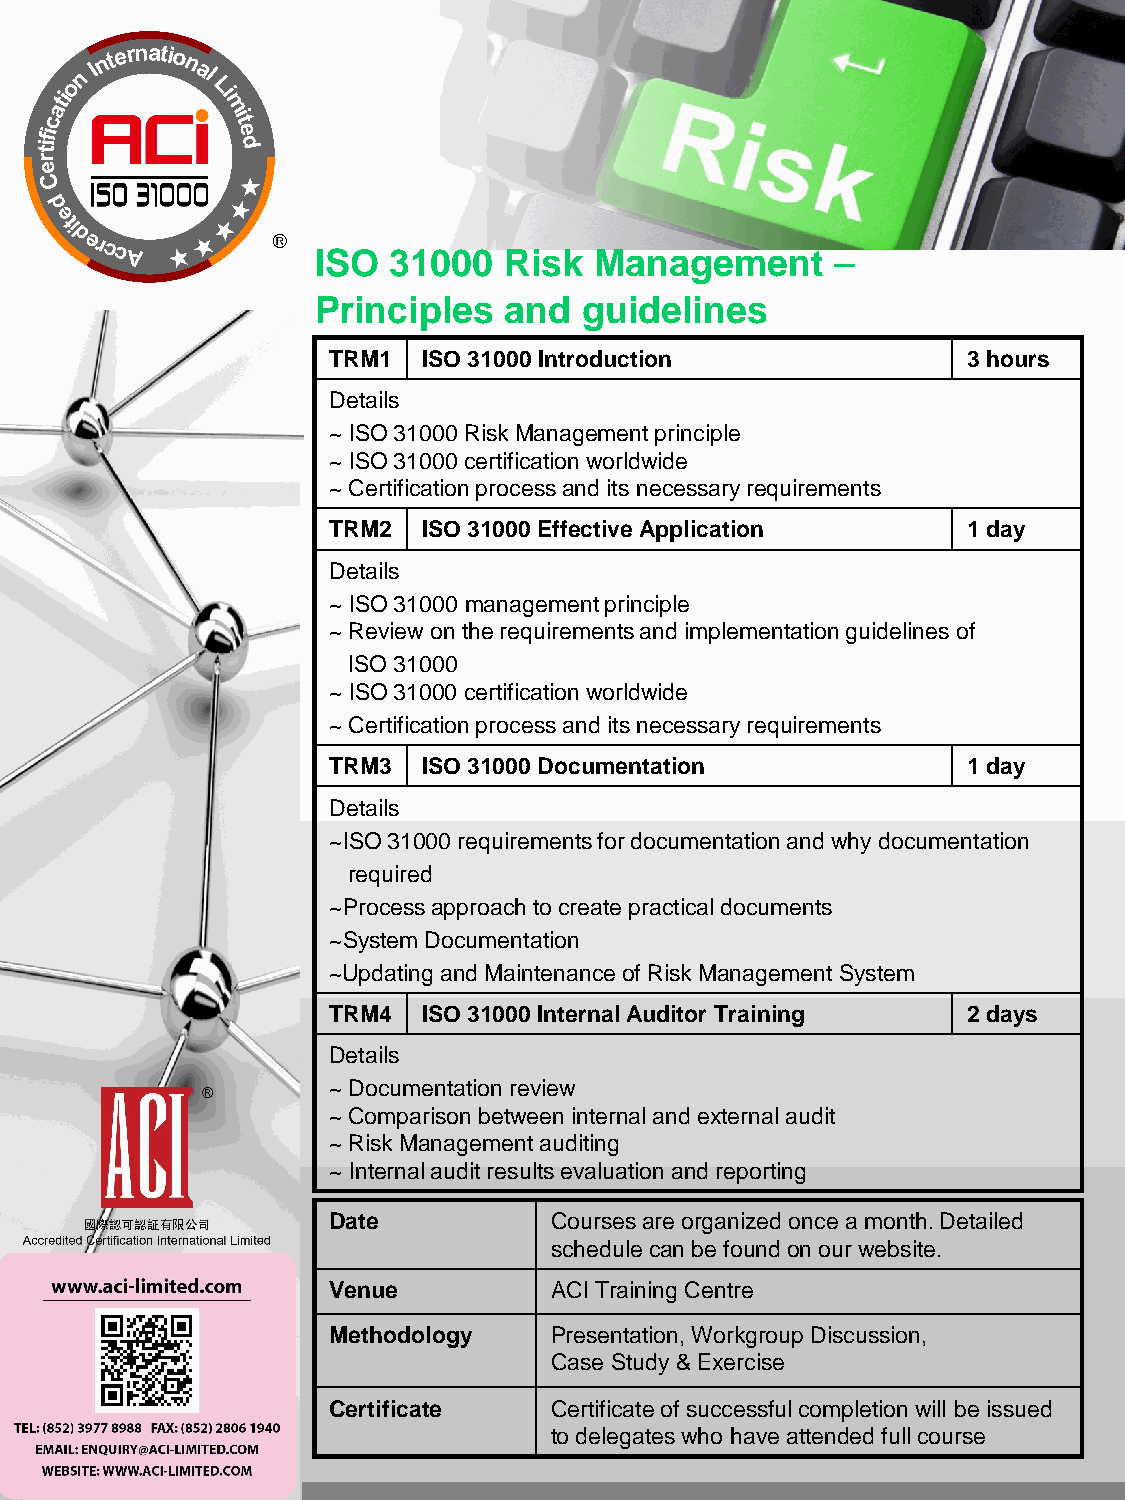
ISO  31000  Risk  Management      –
 Principles  and   guidelines
 TRM1  ISO 31000 Introduction              3 hours
 Details
 ~ ISO 31000 Risk Management principle
 ~ ISO 31000 certification worldwide
 ~ Certification process and its necessary requirements
 TRM2  ISO 31000 Effective Application     1 day
 Details
 ~ ISO 31000 management principle
 ~ Review on the requirements and implementation guidelines of
 ISO 31000
 ~ ISO 31000 certification worldwide
 ~ Certification process and its necessary requirements
 TRM3  ISO 31000 Documentation             1 day
 Details
 ~ISO 31000 requirements for documentation and why documentation
 required
 ~Process approach to create practical documents
 ~System Documentation
 ~Updating and Maintenance of Risk Management System
 TRM4  ISO 31000 Internal Auditor Training 2 days
 Details
 ~ Documentation review
 ~ Comparison between internal and external audit
 ~ Risk Management auditing
 ~ Internal audit results evaluation and reporting
 Date          Courses are organized once a month. Detailed
 schedule can be found on our website.
 Venue         ACI Training Centre
 Methodology   Presentation, Workgroup Discussion,
 Case Study & Exercise
 Certificate   Certificate of successful completion will be issued
 to delegates who have attended full course